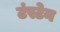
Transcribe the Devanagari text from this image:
टंस्टेन